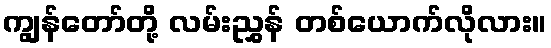
ကျွန်တော်တို့ လမ်းညွှန် တစ်ယောက်လိုလား။